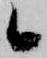
候